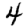
Digit: 4